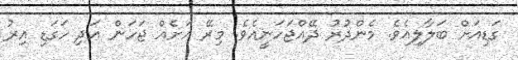
ގަޑިއަށް ބަލާލިއެވެ. މެންދުރު ދޭއްޖަހަނީއެވެ. މިރޭ އަށެއް ޖަހަން އަދި ހަގަޑި އިރު